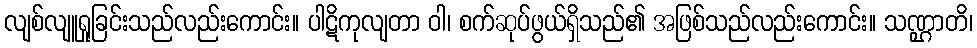
လျစ်လျူရှုခြင်းသည်လည်းကောင်း။ ပါဋိကုလျတာ ဝါ၊ စက်ဆုပ်ဖွယ်ရှိသည်၏ အဖြစ်သည်လည်းကောင်း။ သဏ္ဌာတိ၊